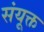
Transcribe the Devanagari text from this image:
संयूक्त